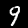
Digit: 9